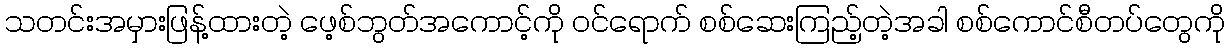
သတင်းအမှားဖြန့်ထားတဲ့ ဖေ့စ်ဘွတ်အကောင့်ကို ဝင်ရောက် စစ်ဆေးကြည့်တဲ့အခါ စစ်ကောင်စီတပ်တွေကို